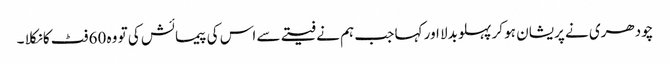
چودھری نے پریشان ہو کر پہلو بدلا اور کہا جب ہم نے فیتے سے اس کی پیمائش کی تو وہ 60 فٹ کا نکلا ۔